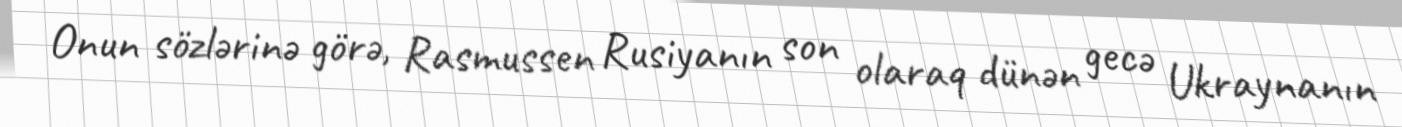
Onun sözlərinə görə, Rasmussen Rusiyanın son olaraq dünən gecə Ukraynanın